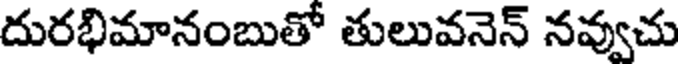
దురభిమానంబుతో తులువనెన్ నవ్వుచు